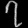
Digit: ၇